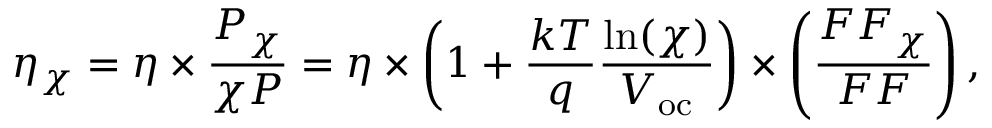
\eta _ { \chi } = \eta \times { \frac { P _ { \chi } } { \chi P } } = \eta \times \left( { 1 + { \frac { k T } { q } } } { \frac { \ln ( \chi ) } { V _ { \mathrm { o c } } } } \right) \times \left( { \frac { F F _ { \chi } } { F F } } \right) ,